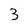
Character: 3